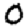
Digit: 0